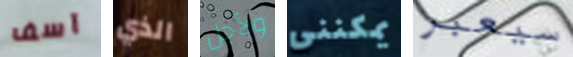
آسف الذي ولأجل يمكنني سيعبر